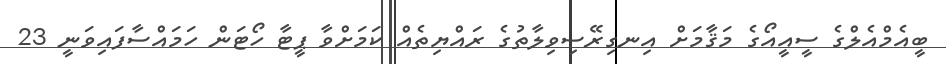
ބީއެމްއެލްގެ ސީއީއޯގެ މަޤާމަށް އިނގިރޭސިވިލާތުގެ ރައްޔިތެއް ކަމަށްވާ ޕީޓާ ހޯޓަން ހަމައްސާފައިވަނީ 23